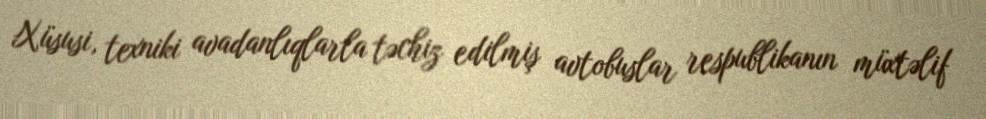
Xüsusi, texniki avadanlıqlarla təchiz edilmiş avtobuslar respublikanın müxtəlif